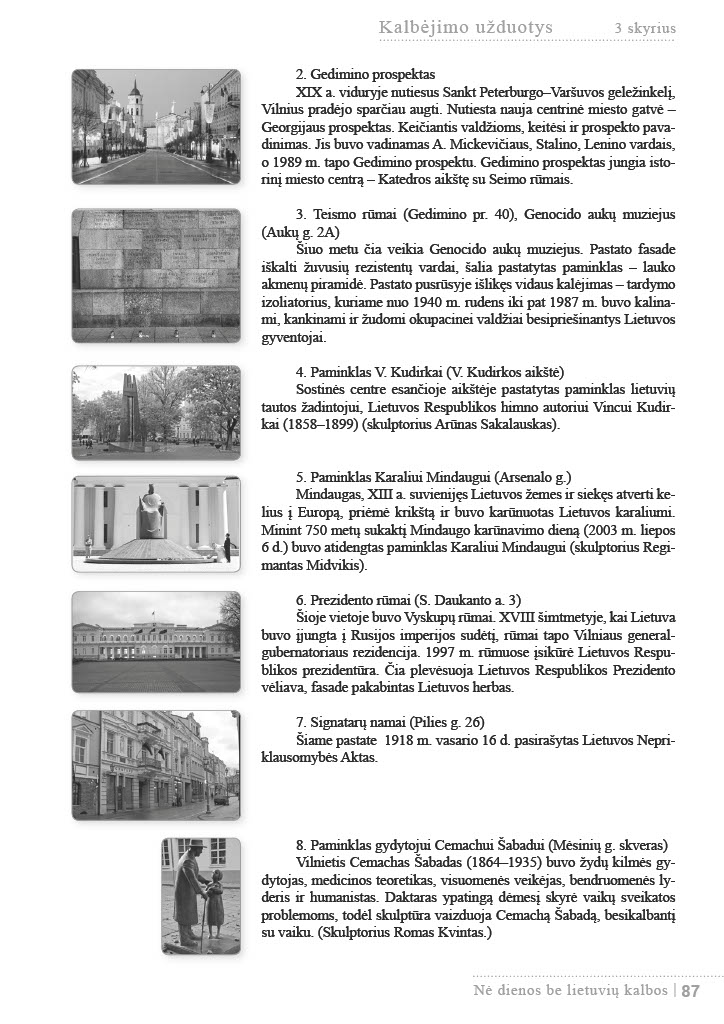
Language: lt